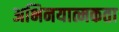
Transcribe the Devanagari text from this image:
अभिनयात्मकता